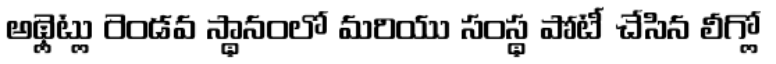
అథ్లెట్లు రెండవ స్థానంలో మరియు సంస్థ పోటీ చేసిన లీగ్లో